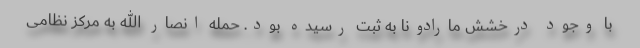
با وجود درخشش مارادونا به ثبت رسیده بود. حمله انصار الله به مرکز نظامی